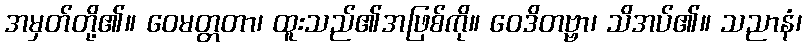
အမှတ်တို့၏။ ဝေမတ္တတာ၊ ထူးသည်၏အဖြစ်ကို။ ဝေဒိတဗ္ဗာ၊ သိအပ်၏။ သညာနံ၊